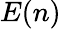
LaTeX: E(n)